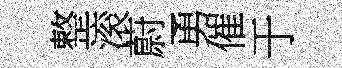
整滚蔚勇催于